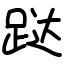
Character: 跶